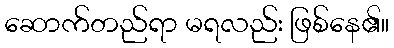
ဆောက်တည်ရာ မရလည်း ဖြစ်နေ၏။